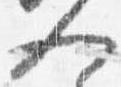
人